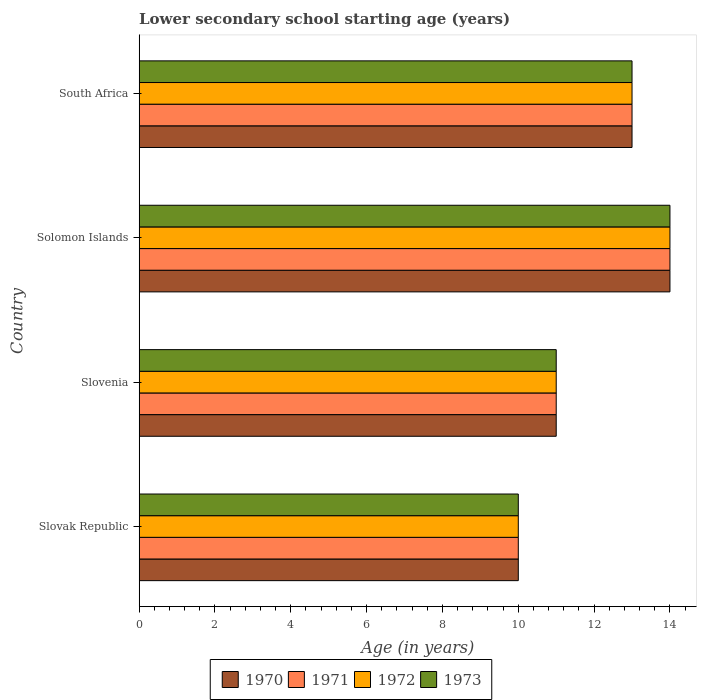
| Country | 1970 | 1971 | 1972 | 1973 |
 | --- | --- | --- | --- | --- |
 | Slovak Republic | 10 | 10 | 10 | 10 |
 | Slovenia | 11 | 11 | 11 | 11 |
 | Solomon Islands | 14 | 14 | 14 | 14 |
 | South Africa | 13 | 13 | 13 | 13 |